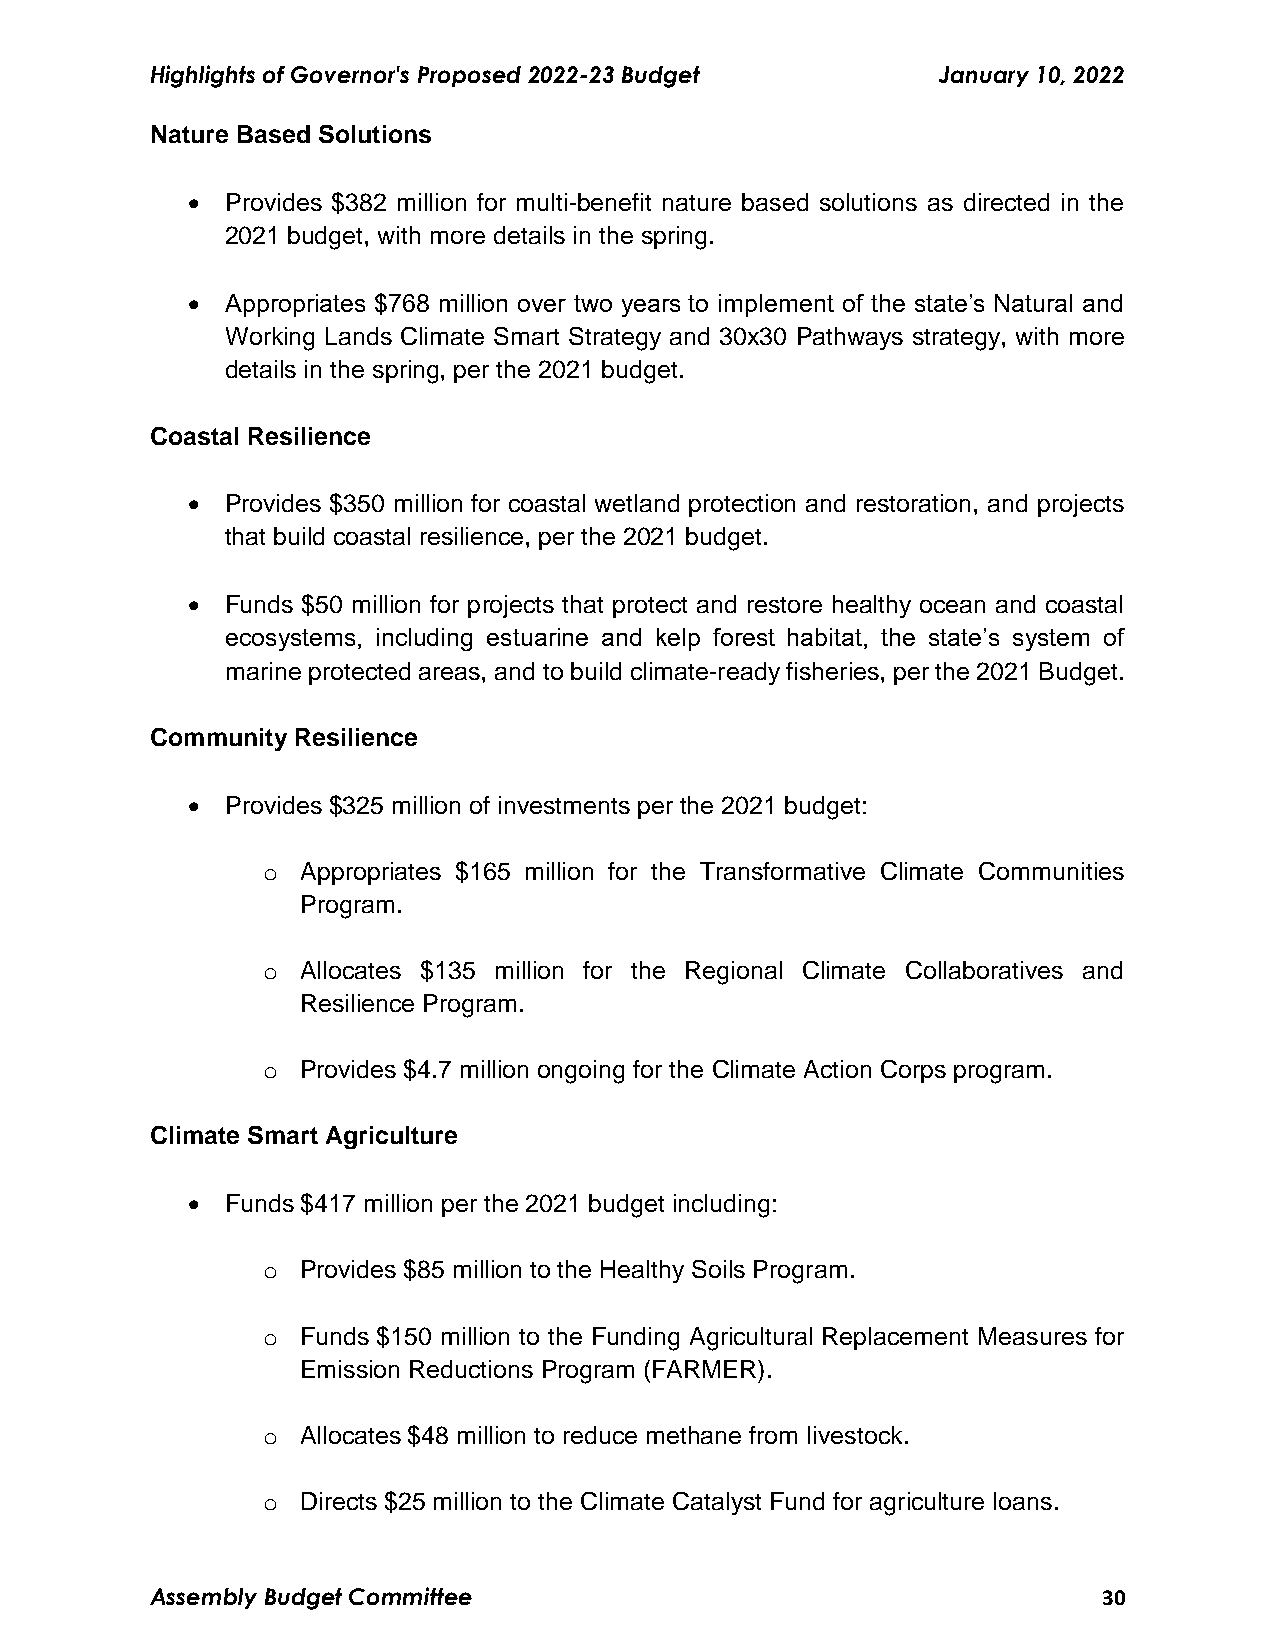
Highlights of Governor's Proposed 2022-23 Budget    January 10, 2022
 Nature Based Solutions
   Provides $382 million for multi-benefit nature based solutions as directed in the
 2021 budget, with more details in the spring.
   Appropriates $768 million over two years to implement of the state’s Natural and
 Working Lands Climate Smart Strategy and 30x30 Pathways strategy, with more
 details in the spring, per the 2021 budget.
 Coastal Resilience
   Provides $350 million for coastal wetland protection and restoration, and projects
 that build coastal resilience, per the 2021 budget.
   Funds $50 million for projects that protect and restore healthy ocean and coastal
 ecosystems, including estuarine and kelp forest habitat, the state’s system of
 marine protected areas, and to build climate-ready fisheries, per the 2021 Budget.
 Community Resilience
   Provides $325 million of investments per the 2021 budget:
 o  Appropriates $165 million for the Transformative Climate Communities
 Program.
 o  Allocates $135 million for the Regional Climate Collaboratives and
 Resilience Program.
 o  Provides $4.7 million ongoing for the Climate Action Corps program.
 Climate Smart Agriculture
   Funds $417 million per the 2021 budget including:
 o  Provides $85 million to the Healthy Soils Program.
 o  Funds $150 million to the Funding Agricultural Replacement Measures for
 Emission Reductions Program (FARMER).
 o  Allocates $48 million to reduce methane from livestock.
 o  Directs $25 million to the Climate Catalyst Fund for agriculture loans.
 Assembly Budget Committee                                      30